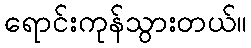
ရောင်းကုန်သွားတယ်။